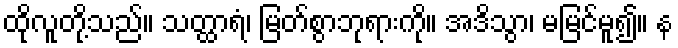
ထိုလူတို့သည်။ သတ္ထာရံ၊ မြတ်စွာဘုရားကို။ အဒိသွာ၊ မမြင်မူ၍။ န